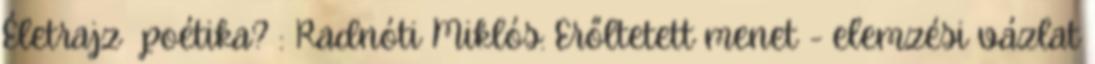
Életrajz poétika? : Radnóti Miklós: Erőltetett menet - elemzési vázlat